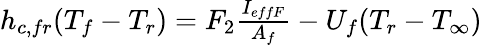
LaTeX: \begin{array}{r}{h_{c,fr}(T_{f}-T_{r})=F_{2}\frac{I_{effF}}{A_{f}}-U_{f}(T_{r}-T_{\infty})}\end{array}